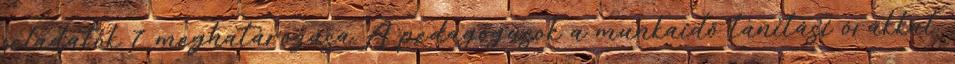
feladatok 7 meghatározása A pedagógusok a munkaidő tanítási órákkal,